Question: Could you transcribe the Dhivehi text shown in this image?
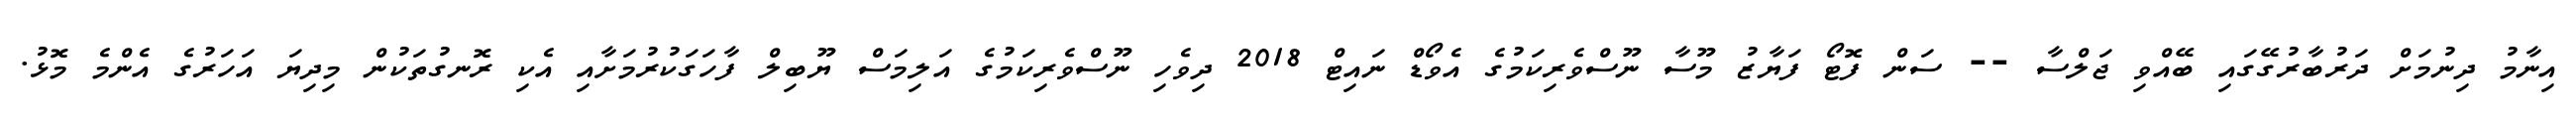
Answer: އިނާމު ދިނުމަށް ދަރުބާރުގޭގައި ބޭއްވި ޖަލްސާ -- ސަން ފޮޓޯ ފަޔާޒު މޫސާ ނޫސްވެރިކަމުގެ އެވޯޑް ނައިޓް 2018 ދިވެހި ނޫސްވެރިކަމުގެ އަލިމަސް ޔޫބިލް ފާހަގަކުރުމަށާއި އެކި ރޮނގުތަކުން މިދިޔަ އަހަރުގެ އެންމެ މޮޅު.